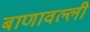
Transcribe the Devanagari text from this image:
बाणावल्ली